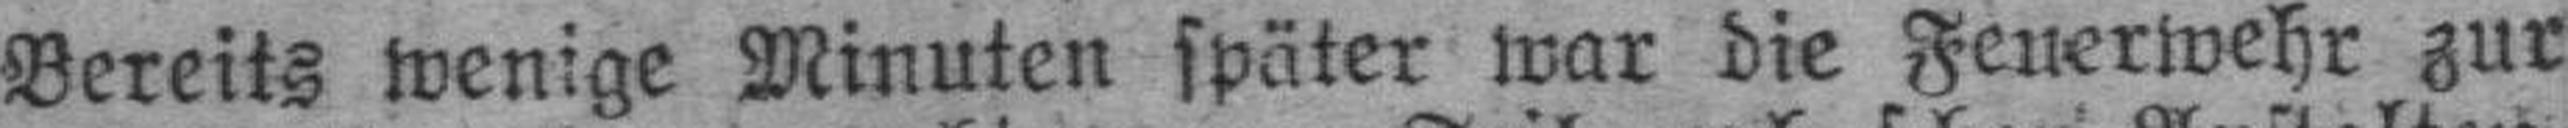
Bereits wenige Minuten später war die Feuerwehr zur